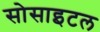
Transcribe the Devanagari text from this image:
सोसाइटल